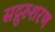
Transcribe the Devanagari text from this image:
सद्गुरुशरण